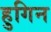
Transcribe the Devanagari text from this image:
हुगिन